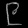
Digit: ၉